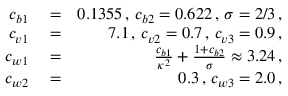
\begin{array} { r l r } { c _ { b 1 } } & { { } = } & { 0 . 1 3 5 5 \, , \, c _ { b 2 } = 0 . 6 2 2 \, , \, \sigma = 2 / 3 \, , } \\ { c _ { v 1 } } & { { } = } & { 7 . 1 \, , \, c _ { v 2 } = 0 . 7 \, , \, c _ { v 3 } = 0 . 9 \, , } \\ { c _ { w 1 } } & { { } = } & { \frac { c _ { b 1 } } { \kappa ^ { 2 } } + \frac { 1 + c _ { b 2 } } { \sigma } \approx 3 . 2 4 \, , } \\ { c _ { w 2 } } & { { } = } & { 0 . 3 \, , \, c _ { w 3 } = 2 . 0 \, , } \end{array}